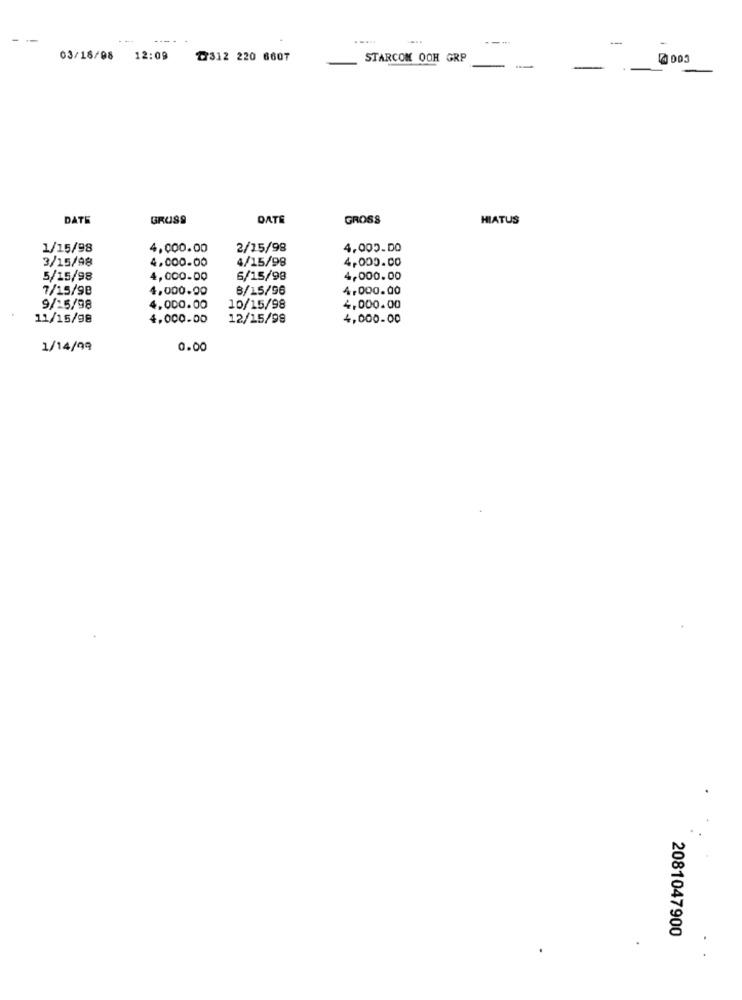
-..
03/16/08 12:09
₾312 220 6607
STARCOM OOH GRP
4 005
DATE
GRUSS
DATE
GROSS
HIATUS
1/15/98
4,000.00
2/15/98
3/15/98
4/15/98
4,000.00
4,000.00
5/15/98
4,000.00
6/15/98
4,000.00
7/15/98
4,000.00
8/15/96
4,000.00
9/15/98
4,000.00
10/15/98
4,000.00
11/15/98
4.000.00
12/15/99
4,000.00
1/14/09
0.00
2081047900